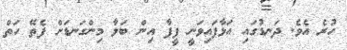
ހުރެ އެވެ. ދަނޑުގައި އަޅާފައިވަނީ ފީފާ އިން ބަލާ މިންގަނޑަށް ފެތޭ ހަތް